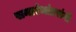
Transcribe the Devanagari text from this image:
समारंभांप्रसंगी